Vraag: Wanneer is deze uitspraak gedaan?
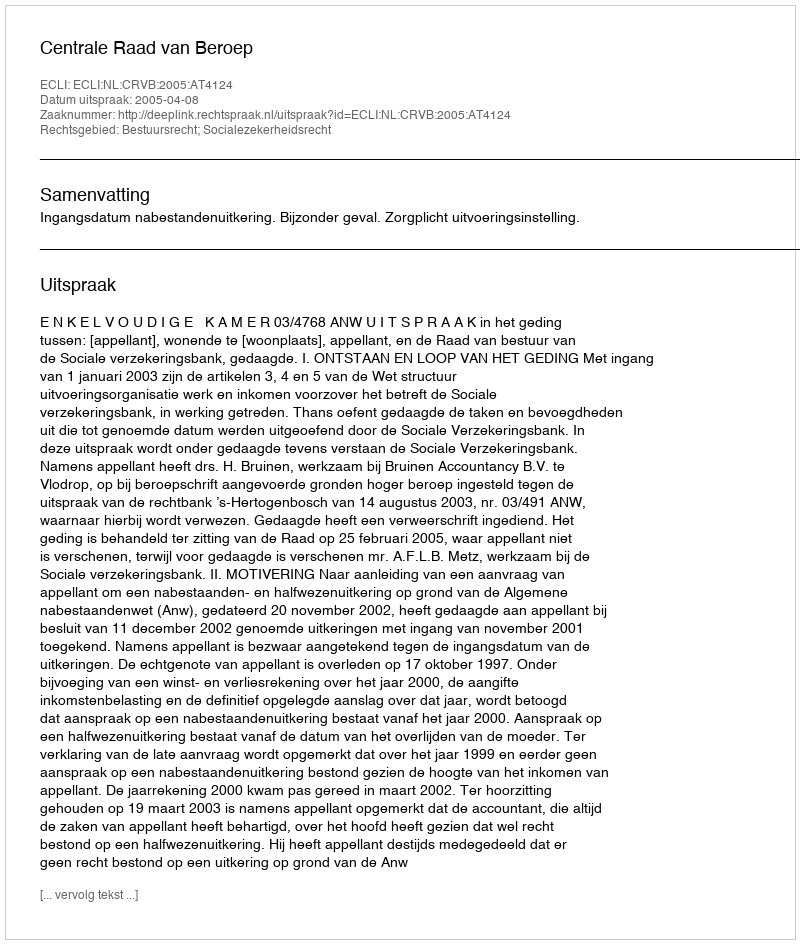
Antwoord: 2005-04-08